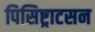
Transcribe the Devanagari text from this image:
पिसिष्ट्राटसन